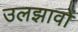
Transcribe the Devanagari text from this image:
उलझावों